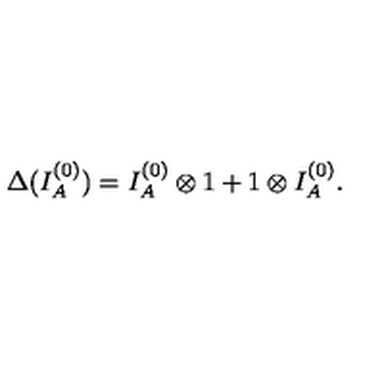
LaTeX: \Delta ( I _ { A } ^ { ( 0 ) } ) = I _ { A } ^ { ( 0 ) } \otimes 1 + 1 \otimes I _ { A } ^ { ( 0 ) } .